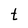
Character: t